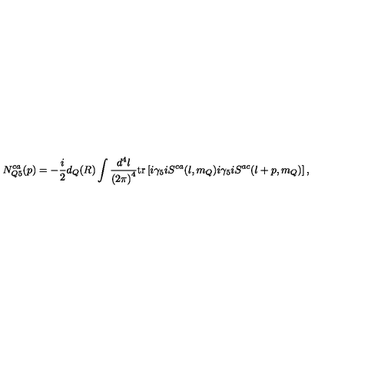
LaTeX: N _ { Q 5 } ^ { c a } ( p ) = - \frac { i } { 2 } d _ { Q } ( R ) \int \frac { d ^ { 4 } l } { { ( 2 \pi ) } ^ { 4 } } \mathrm { t r } \left[ i \gamma _ { 5 } i S ^ { c a } ( l , m _ { Q } ) i \gamma _ { 5 } i S ^ { a c } ( l + p , m _ { Q } ) \right] ,